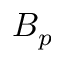
B _ { p }